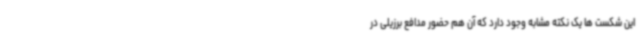
این شکست ها یک نکته مشابه وجود دارد که آن هم حضور مدافع برزیلی در